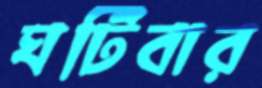
ঘটিবার